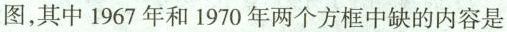
图，其中1967年和1970年两个方框中缺的内容是